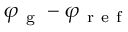
\varphi _ { \mathrm { ~ g ~ } } - \varphi _ { \mathrm { ~ r ~ e ~ f ~ } }